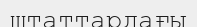
штаттардағы